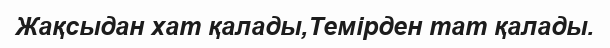
Жақсыдан хат қалады,Темірден тат қалады.